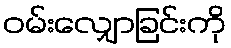
ဝမ်းလျှောခြင်းကို